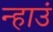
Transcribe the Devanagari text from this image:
न्हाउं